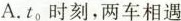
A.t_{0}时刻，两车相遇